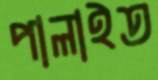
পালাইত